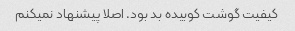
کیفیت گوشت کوبیده بد بود. اصلا پیشنهاد نمیکنم